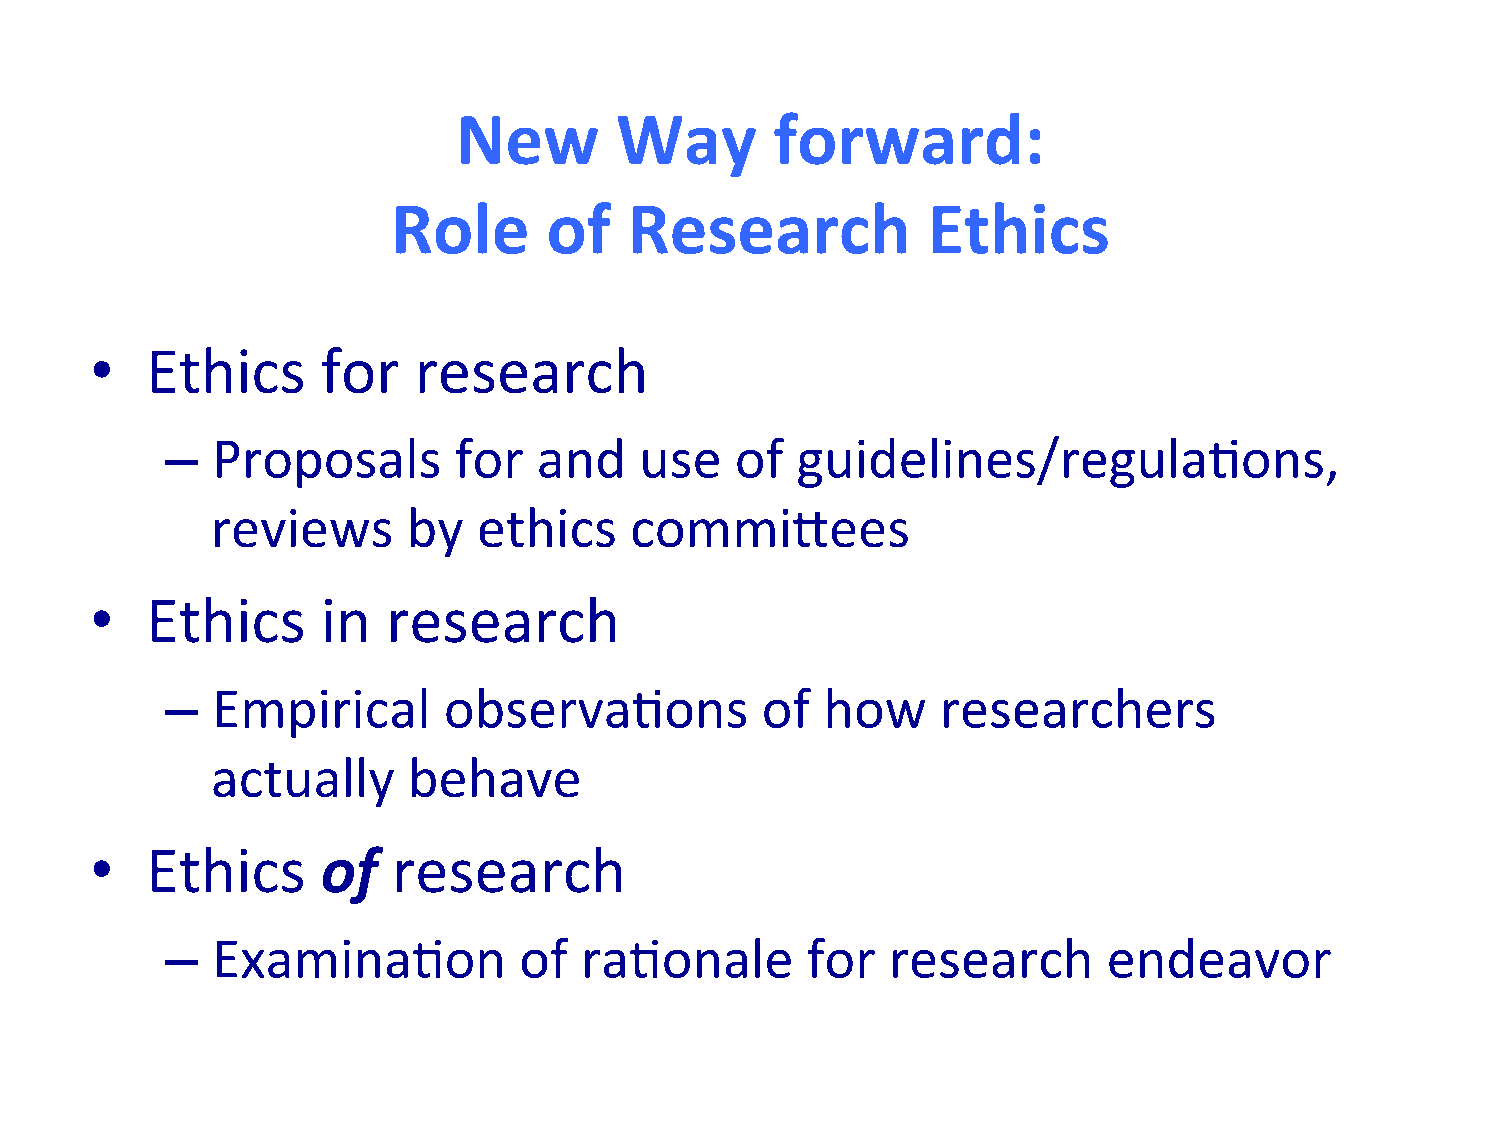
New        Way       forward:
 Role      of    Research           Ethics
 •   Ethics     for   research
 –  Proposals       for   and   use    of  guidelines/regula/ons,
 reviews      by   ethics    commi:ees
 •   Ethics     in   research
 –  Empirical      observa/ons          of   how    researchers
 actually     behave
 •   Ethics     of   research
 –  Examina/on          of  ra/onale       for   research      endeavor